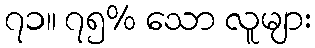
၇၁။ ၇၅% သော လူများ